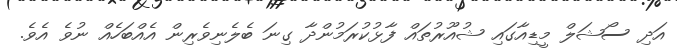
އަދި ސޯޝަލް މީޑިއާގައި ޝުއޫރުތައް ފާޅުކުރަމުންދާ ގިނަ ބެލެނިވެރިން އެއްބަހެއް ނުވެ އެވެ.